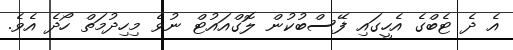
އެ ދެ ޓެބްގެ އެހީގައި ފޭސްބުކުން ލޮގްއައުޓް ނުވެ މިހިދުމަތް ހޯދެ އެވެ.